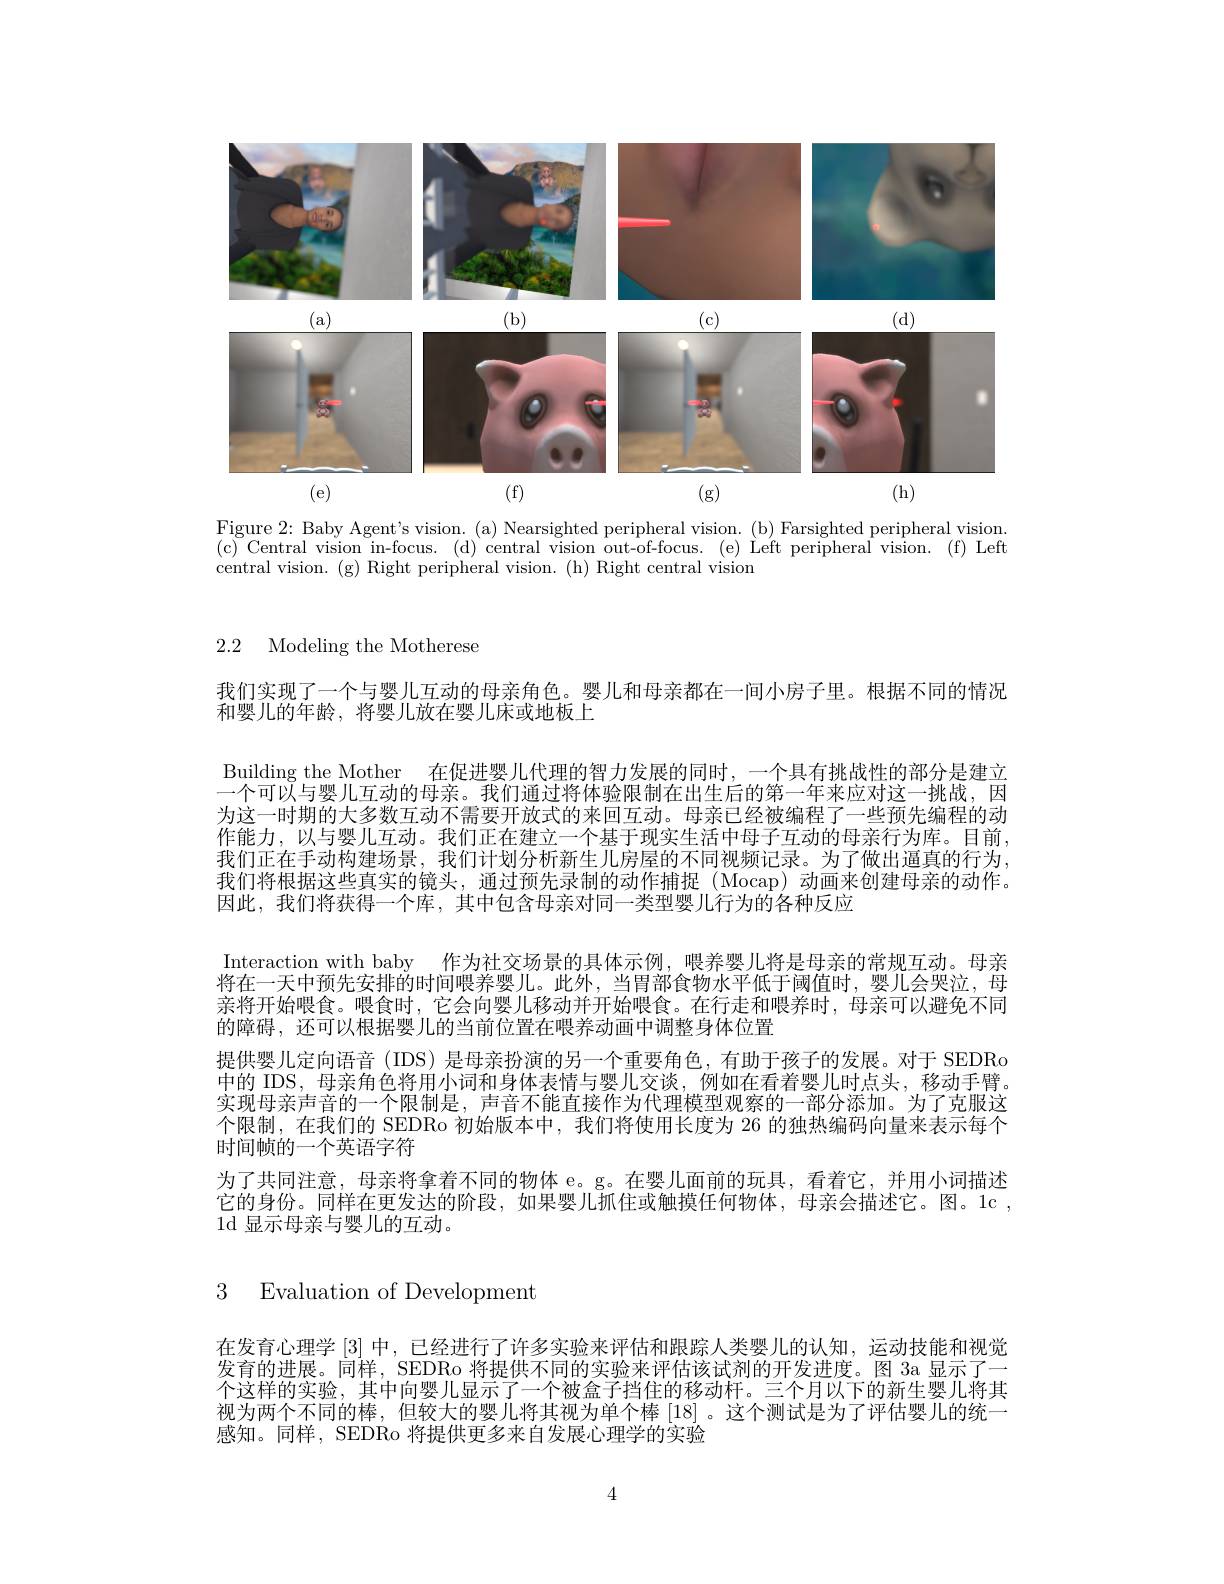
<FigureHere>

Figure 2: Baby Agent's vision. (a) Nearsighted peripheral vision. (b) Farsighted peripheral vision. (c)Central vision in-focus.(d)central vision out-of-focus.(e)Léft peripheral vision.(f)Left central vision. (g) Right peripheral vision. (h) Right central vision

2.2 Modeling the Motherese

我们实现了一个与婴儿互动的母亲角色。婴儿和母亲都在一间小房子里。根据不同的情况
和婴儿的年龄，将婴儿放在婴儿床或地板上

Building the Mother 在促进婴儿代理的智力发展的同时，一个具有挑战性的部分是建立一个可以与婴儿互动的母亲。我们通过将体验限制在出生后的第一年来应对这一挑战，因为这一时期的大多数互动不需要开放式的来回互动。母亲已经被编程了一些预先编程的动作能力，以与婴儿互动。我们正在建立一个基于现实生活中母子互动的母亲行为库。目前我们正在手动构建场景，我们计划分析新生儿房屋的不同视频记录。为了做出逼真的行为， 我们将根据这些真实的镜头，通过预先录制的动作捕捉(Mocap)动画来创建母亲的动作。因此，我们将获得一个库，其中包含母亲对同一类型婴儿行为的各种反应
Interaction with baby 作为社交场景的具体示例，喂养婴儿将是母亲的常规互动。母亲将在一天中预先安排的时间喂养婴儿。此外，当胃部食物水平低于阈值时，婴儿会哭泣，母亲将开始喂食。喂食时，它会向婴儿移动并开始喂食。在行走和喂养时，母亲可以避免不同的障碍，还可以根据婴儿的当前位置在喂养动画中调整身体位置
提供婴儿定向语音 (IDS) 是母亲扮演的另一个重要角色，有助于孩子的发展。对于 SEDRo 中的 IDS, 母亲角色将用小词和身体表情与婴儿交谈，例如在看着婴儿时点头，移动手臂。实现母亲声音的一个限制是，声音不能直接作为代理模型观察的一部分添加。为了克服这个限制，在我们的 SEDRo 初始版本中，我们将使用长度为 26 的独热编码向量来表示每个时间帧的一个英语字符
为了共同注意，母亲将拿着不同的物体 e。g。在婴儿面前的玩具，看着它，并用小词描述它的身份。同样在更发达的阶段，如果婴儿抓住或触摸任何物体，母亲会描述它。图。1c , 1d 显示母亲与婴儿的互动。

3 Evaluation of Development

在发育心理学[3]中，已经进行了许多实验来评估和跟踪人类婴儿的认知，运动技能和视觉发育的进展。同样，SEDRo 将提供不同的实验来评估该试剂的开发进度。图 3a 显示了一个这样的实验，其中向婴儿显示了一个被盒子挡住的移动杆。三个月以下的新生婴儿将其视为两个不同的棒，但较大的婴儿将其视为单个棒[18]。这个测试是为了评估婴儿的统一感知。同样，SEDRo 将提供更多来自发展心理学的实验

4